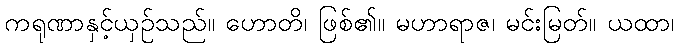
ကရုဏာနှင့်ယှဉ်သည်။ ဟောတိ၊ ဖြစ်၏။ မဟာရာဇ၊ မင်းမြတ်။ ယထာ၊